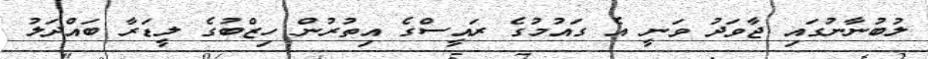
ލުބުނާނުގައި ޖާވަދު ވަނީ އެ ގައުމުގެ ރައީސްގެ އިތުރުން ހިޒްބުގެ ލީޑަރާ ބައްދަލު